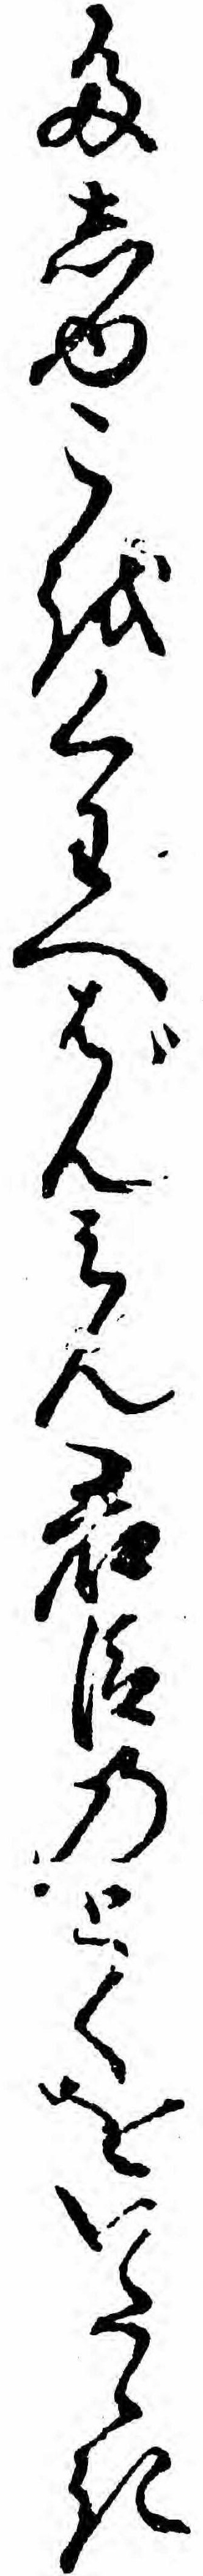
たしゆこをくわへばんミん君臣のとくをいたゝき